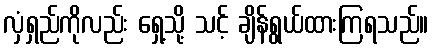
လှံရှည်ကိုလည်း ရှေ့သို့ သင့် ချိန်ရွယ်ထားကြရသည်။